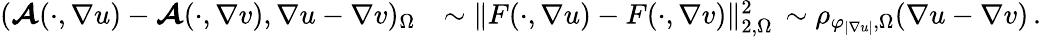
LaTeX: \begin{array}{rl}{(\boldsymbol{\mathcal{A}}(\cdot,\nabla u)-\boldsymbol{\mathcal{A}}(\cdot,\nabla v),\nabla u-\nabla v)_{\Omega}}&{\sim\| F(\cdot,\nabla u)-F(\cdot,\nabla v)\| _{2,\Omega}^{2}\, \sim\rho_{\varphi_{\vert\nabla u\vert},\Omega}(\nabla u-\nabla v)\, .}\end{array}